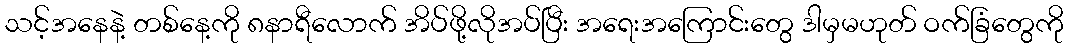
သင့်အနေနဲ့ တစ်နေ့ကို ၈နာရီလောက် အိပ်ဖို့လိုအပ်ပြီး အရေးအကြောင်းတွေ ဒါမှမဟုတ် ဝက်ခြံတွေကို